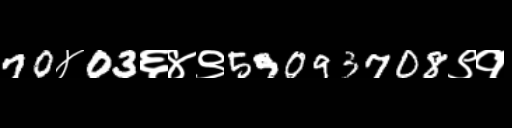
Text: 70४03६४९59093708९१